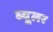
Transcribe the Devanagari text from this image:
ब्यूलर